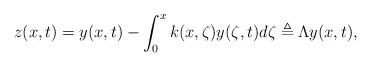
LaTeX: \begin{align*}z(x,t)=y(x,t)-\int_0^xk(x,\zeta)y(\zeta,t)d\zeta\triangleq\Lambda y(x,t),\end{align*}